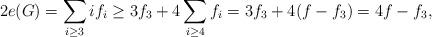
LaTeX: \begin{align*}2e(G)=\sum_{i\geq3}if_i\geq 3f_3+4\sum_{i\geq4}f_i=3f_3+4(f-f_3)=4f-f_3,\end{align*}